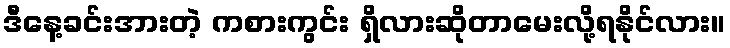
ဒီနေ့ခင်းအားတဲ့ ကစားကွင်း ရှိလားဆိုတာမေးလို့ရနိုင်လား။